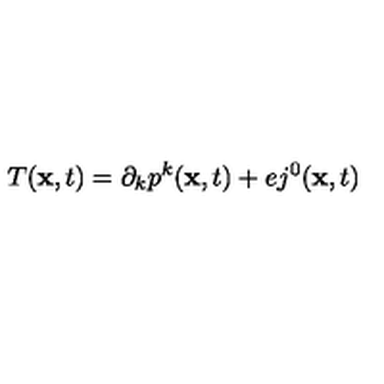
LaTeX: T ( { \bf x } , t ) = \partial _ { k } p ^ { k } ( { \bf x } , t ) + e j ^ { 0 } ( { \bf x } , t )